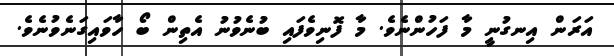
އަރަން އިނގުނީ މާ ފަހުންނެވެ. މާ ފޮނިވެފައި ބުނެވުނު އެތިން ބޯ ހާވައިގަނެވުނެވެ.